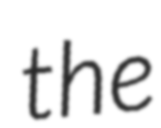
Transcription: the